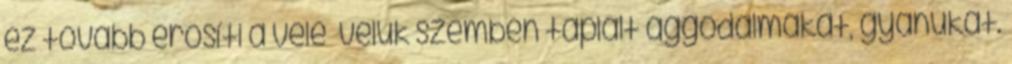
ez tovább erősíti a vele velük szemben táplált aggo­dalmakat, gyanúkat.